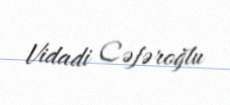
Vidadi Cəfəroğlu